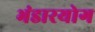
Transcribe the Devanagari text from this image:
भंडारयोग